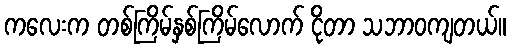
ကလေးက တစ်ကြိမ်နှစ်ကြိမ်လောက် ငိုတာ သဘာဝကျတယ်။